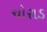
ચોરાડ